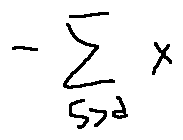
- \sum \limits _ { 5 > d } x